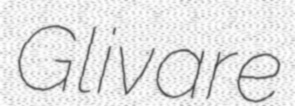
Glivare